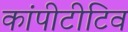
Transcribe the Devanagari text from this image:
कांपीटीटिव